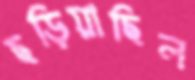
ছড়িয়াছিল